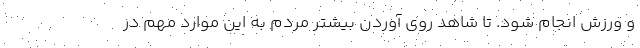
و ورزش انجام شود. تا شاهد روی آوردن بیشتر مردم به این موارد مهم در